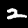
Label: 2